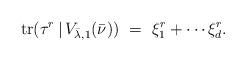
LaTeX: \begin{align*} {\rm tr}(\tau^r \, | \, V_{\bar{\lambda}, 1}(\bar{\nu})) ~ = ~ \xi_1^r + \cdots \xi_d^r.\end{align*}